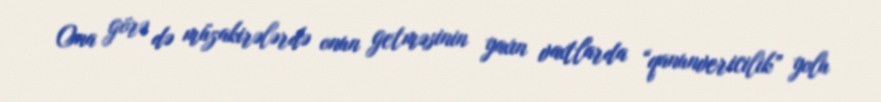
Ona görə də müzakirələrdə onun getməsinin yaxın vaxtlarda “qanunvericilik” yolu